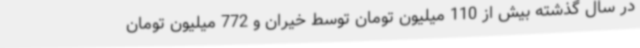
در سال گذشته بیش از 110 میلیون تومان توسط خیران و 772 میلیون تومان